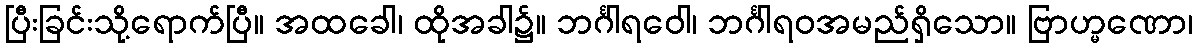
ပြီးခြင်းသို့ရောက်ပြီ။ အထခေါ၊ ထိုအခါ၌။ ဘင်္ဂါရဝေါ၊ ဘင်္ဂါရဝအမည်ရှိသော။ ဗြာဟ္မဏော၊